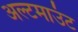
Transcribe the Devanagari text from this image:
अल्टमाउंट